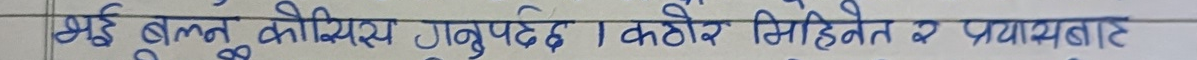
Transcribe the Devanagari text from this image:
भई बल्ने कोसिस गर्नुहोस् । कठोर मिहिनेत र प्रयासबाट